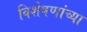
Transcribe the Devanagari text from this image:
विशेषणांच्या